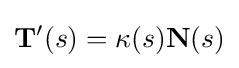
\mathbf {T} '(s)=\kappa (s)\mathbf {N} (s)